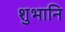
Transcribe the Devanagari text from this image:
शुभानि